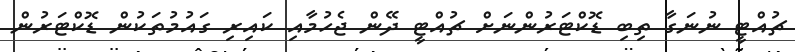
ޗުއްޓީ ނުނަގާ ތިބި ޑޮކްޓަރުންނަށް ޗުއްޓީ ދޭން ޖެހުމާއި ކައިރި ގައުމުތަކުން ޑޮކްޓަރުން